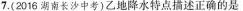
7.(2016湖南长沙中考)乙地降水特点描述正确的是